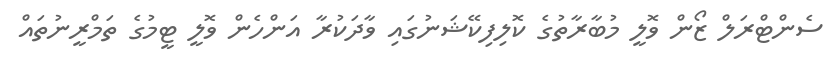
ސެންޓްރަލް ޒޯން ވޮލީ މުބާރާތުގެ ކޮލިފިކޭޝަނުގައި ވާދަކުރާ އަންހެން ވޮލީ ޓީމުގެ ތަމްރީނުތައް